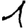
Digit: 1